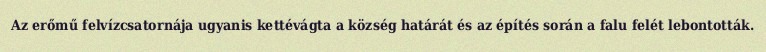
Az erőmű felvízcsatornája ugyanis kettévágta a község határát és az építés során a falu felét lebontották.